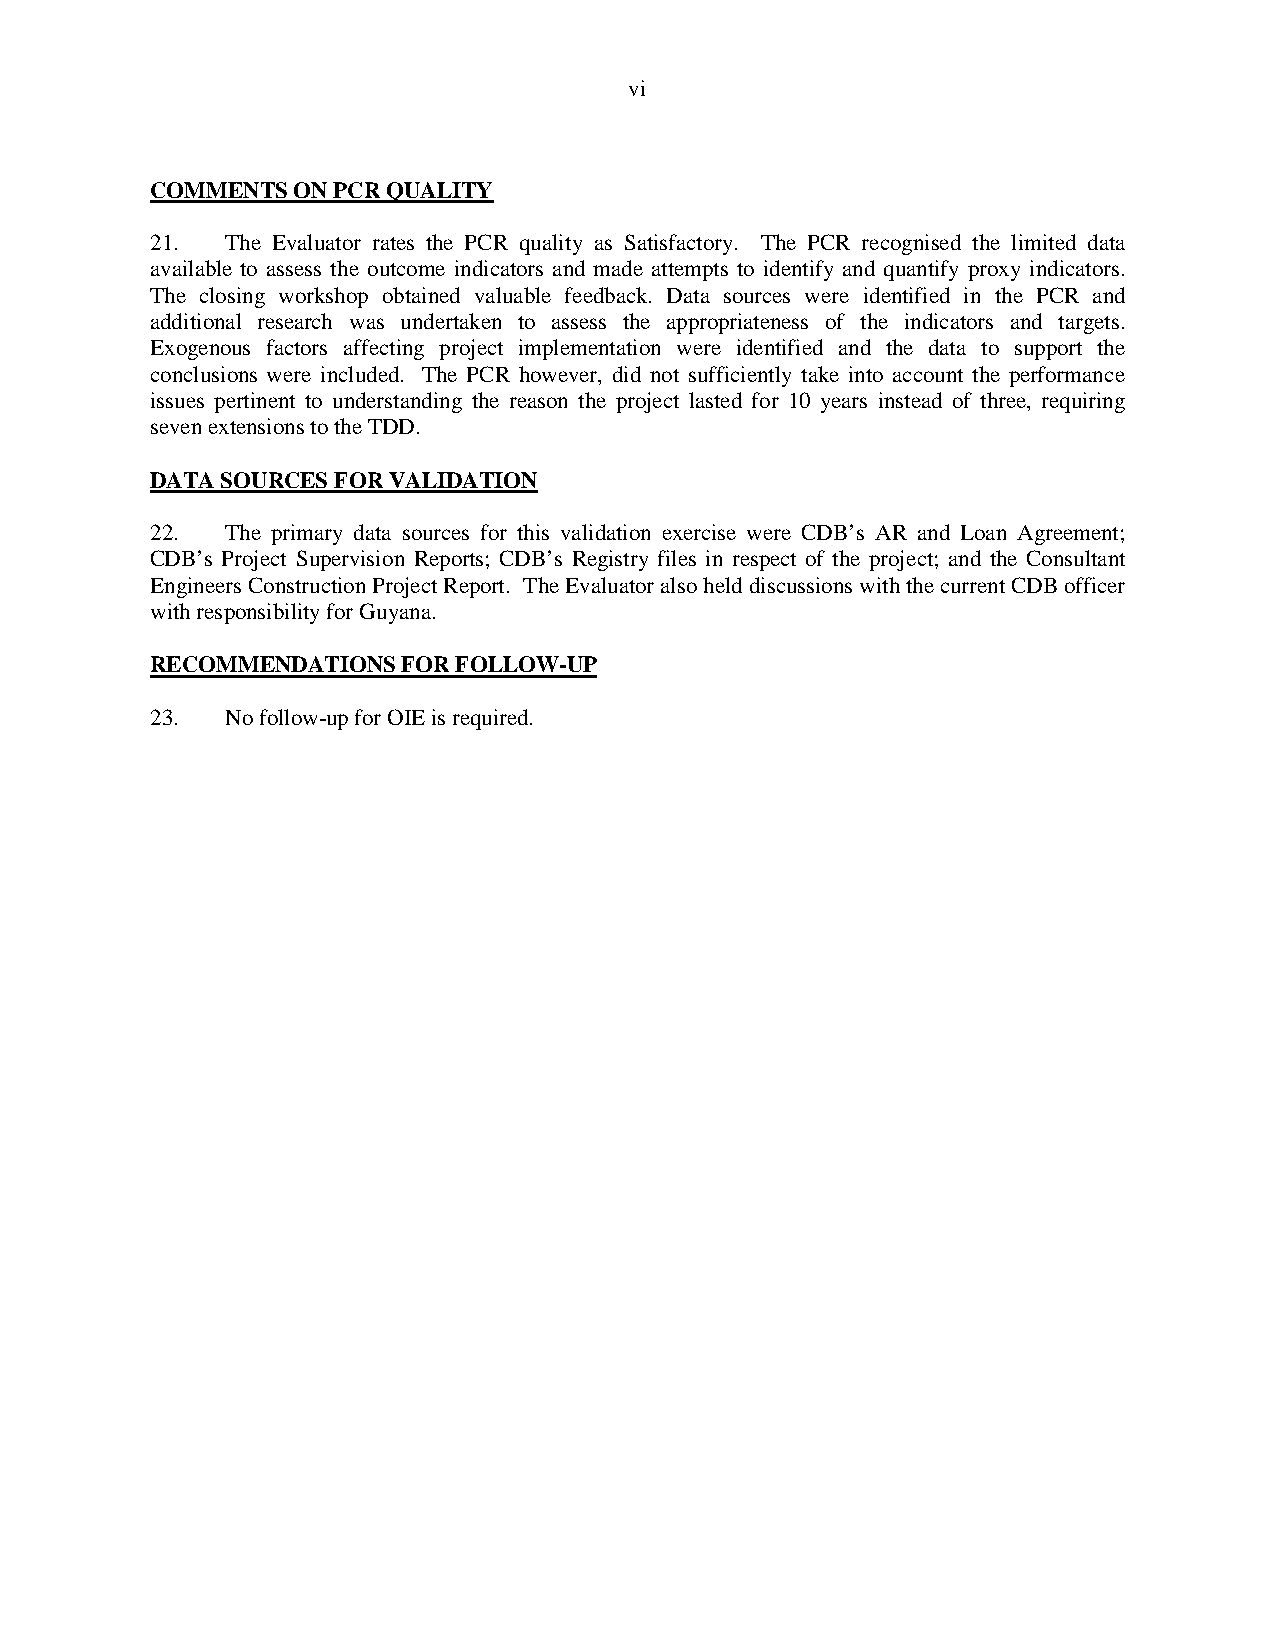
vi
 COMMENTS ON PCR QUALITY
 21.  The Evaluator rates the PCR quality as Satisfactory. The PCR recognised the limited data
 available to assess the outcome indicators and made attempts to identify and quantify proxy indicators.
 The closing workshop obtained valuable feedback. Data sources were identified in the PCR and
 additional research was undertaken to assess the appropriateness of the indicators and targets.
 Exogenous factors affecting project implementation were identified and the data to support the
 conclusions were included. The PCR however, did not sufficiently take into account the performance
 issues pertinent to understanding the reason the project lasted for 10 years instead of three, requiring
 seven extensions to the TDD.
 DATA SOURCES FOR VALIDATION
 22.  The primary data sources for this validation exercise were CDB’s AR and Loan Agreement;
 CDB’s Project Supervision Reports; CDB’s Registry files in respect of the project; and the Consultant
 Engineers Construction Project Report. The Evaluator also held discussions with the current CDB officer
 with responsibility for Guyana.
 RECOMMENDATIONS  FOR FOLLOW-UP
 23.  No follow-up for OIE is required.